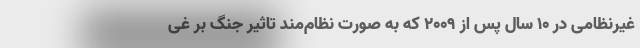
غیرنظامی در ۱۰ سال پس از ۲۰۰۹ که به صورت نظام‌مند تاثیر جنگ بر غی